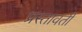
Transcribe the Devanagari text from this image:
प्रस्तावती